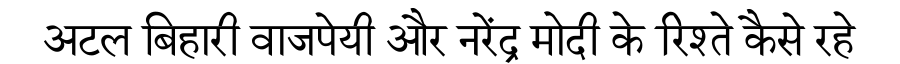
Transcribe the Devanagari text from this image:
अटल बिहारी वाजपेयी और नरेंद्र मोदी के रिश्ते कैसे रहे